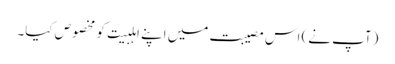
(آپ نے) اس مصیبت میں اپنے اہلبیت کو مخصوص کیا۔